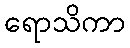
ရောသိကာ